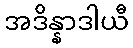
အဒိန္နာဒါယီ